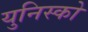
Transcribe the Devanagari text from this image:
युनिस्को